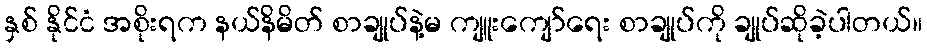
နှစ် နိုင်ငံ အစိုးရက နယ်နိမိတ် စာချုပ်နဲ့မ ကျူးကျော်ရေး စာချုပ်ကို ချုပ်ဆိုခဲ့ပါတယ်။